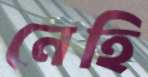
নেহি